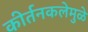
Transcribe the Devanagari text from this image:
कीर्तनकलेमुळे